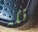
تلة